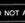
not